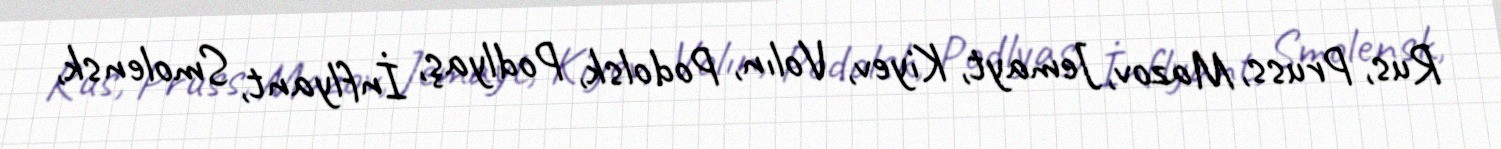
Rus, Pruss, Mazov, Jemayt, Kiyev, Volın, Podolsk, Podlyaş, İnflyant, Smolensk,